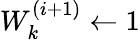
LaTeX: {W_{k}^{(i+1)}\leftarrow 1}